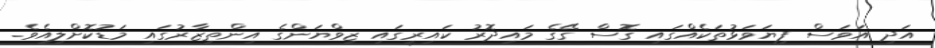
އަދި އަވަސް ފިޔަވަޅުތަކެއްގައި ގޮސް ގޭގެ މައިދޮރު ކައިރީގައި ޒިވްޔަންގެ އިންތިޒާރުގައި މަޑުކޮށްލިއެވެ.